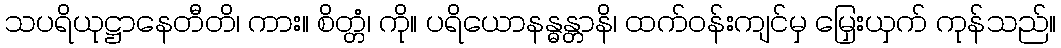
သပရိယုဋ္ဌာနေတီတိ၊ ကား။ စိတ္တံ၊ ကို။ ပရိယောနန္ဓန္တာနိ၊ ထက်ဝန်းကျင်မှ မြှေးယှက် ကုန်သည်။